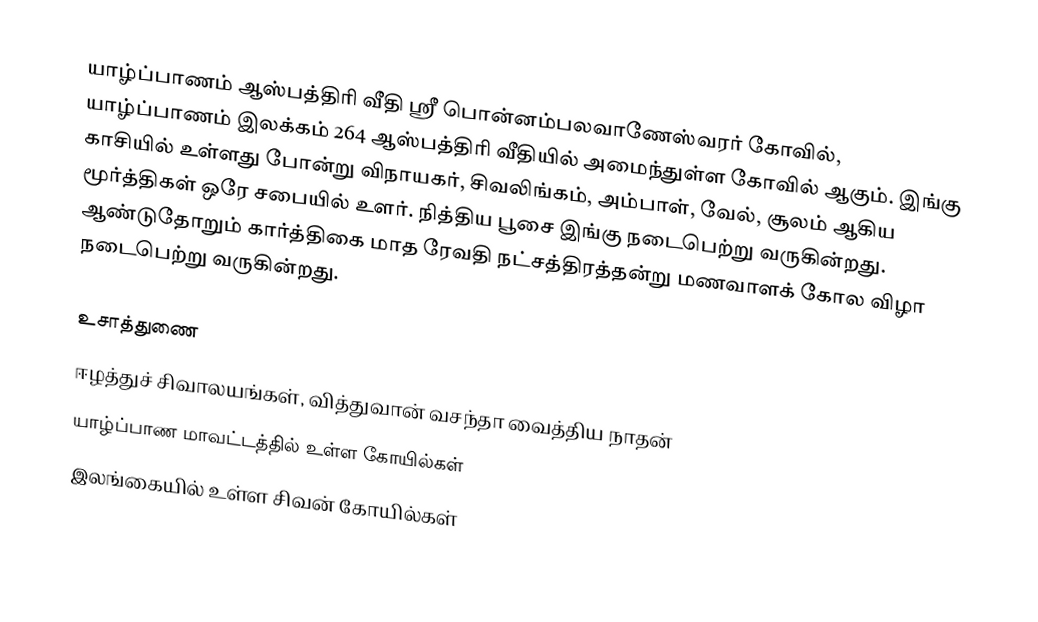
யாழ்ப்பாணம் ஆஸ்பத்திரி வீதி ஸ்ரீ பொன்னம்பலவாணேஸ்வரர் கோவில், யாழ்ப்பாணம் இலக்கம் 264 ஆஸ்பத்திரி வீதியில் அமைந்துள்ள கோவில் ஆகும். இங்கு காசியில் உள்ளது போன்று விநாயகர், சிவலிங்கம், அம்பாள், வேல், சூலம் ஆகிய மூர்த்திகள் ஒரே சபையில் உளர். நித்திய பூசை இங்கு நடைபெற்று வருகின்றது. ஆண்டுதோறும் கார்த்திகை மாத ரேவதி நட்சத்திரத்தன்று மணவாளக் கோல விழா நடைபெற்று வருகின்றது.

உசாத்துணை
ஈழத்துச் சிவாலயங்கள், வித்துவான் வசந்தா வைத்திய நாதன்
யாழ்ப்பாண மாவட்டத்தில் உள்ள கோயில்கள்
இலங்கையில் உள்ள சிவன் கோயில்கள்